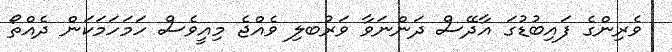
ވެރިންގެ ފައިބުޑުގަ އާދޭސް ދަންނަވާ ވަރުބލި ވެއްޖެ މިއީވެސް ހަމަހަމަކަން ދެއްތޯ